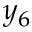
y _ { 6 }